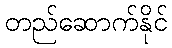
တည်ဆောက်နိုင်